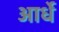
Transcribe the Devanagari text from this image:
आर्धे